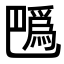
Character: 𢁍